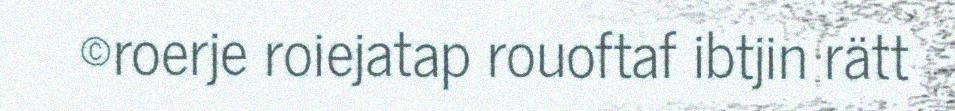
©roerje roiejatap rouoftaf ibtjin rätt